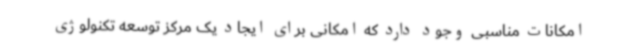
امکانات مناسبی وجود دارد که امکانی برای ایجاد یک مرکز توسعه تکنولوژی